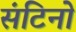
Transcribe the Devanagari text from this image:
संटिनो